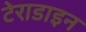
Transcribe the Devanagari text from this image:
टेराडाइन